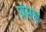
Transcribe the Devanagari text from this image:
ग्रेमस